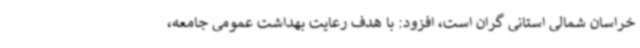
خراسان شمالی استانی گران است، افزود: با هدف رعایت بهداشت عمومی جامعه،